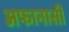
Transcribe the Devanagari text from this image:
अफानासी